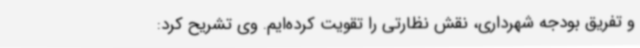
و تفریق بودجه شهرداری، نقش نظارتی را تقویت کرده‌ایم. وی تشریح کرد: